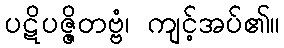
ပဋိပဇ္ဇိတဗ္ဗံ၊ ကျင့်အပ်၏။